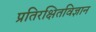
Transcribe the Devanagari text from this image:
प्रतिरक्षितविज्ञान